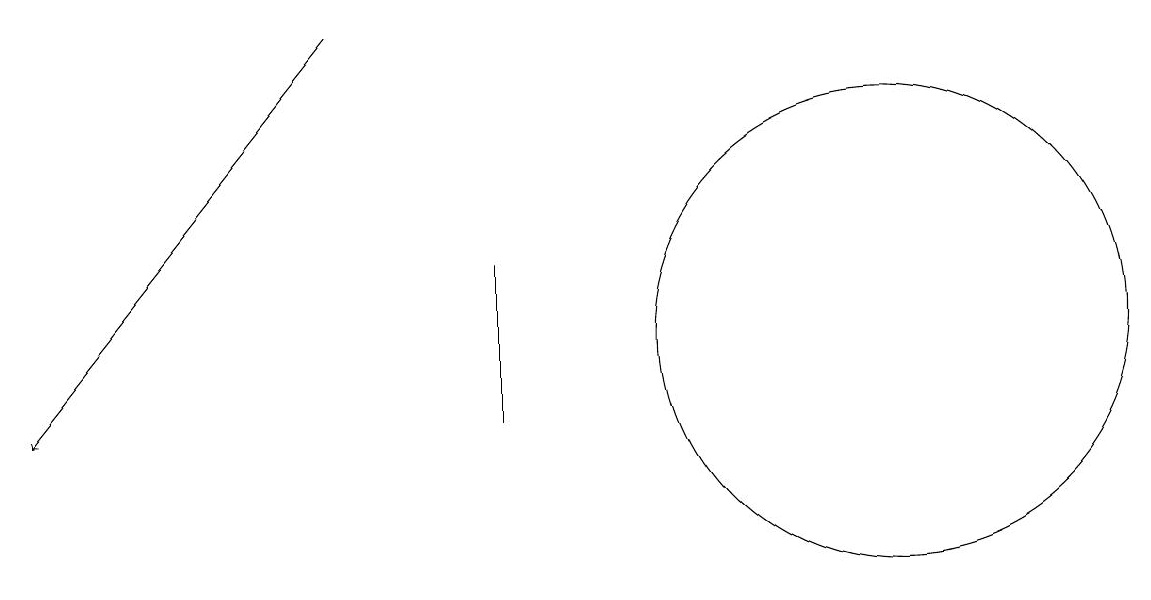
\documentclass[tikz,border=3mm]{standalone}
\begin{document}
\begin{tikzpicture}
\draw (11,12) circle (3);
\draw (6,11) rectangle (6,13);
\draw[->] (4,16) -- (0,11);
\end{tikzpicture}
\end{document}